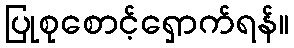
ပြုစုစောင့်ရှောက်ရန်။